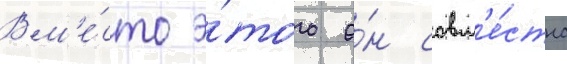
Вм'е́сто э́того о́н совм'е́стно